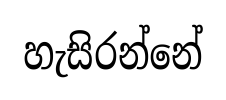
හැසිරන්නේ